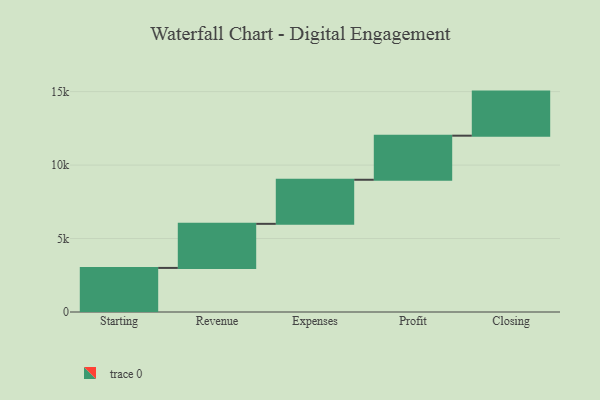
{"axis": {"x": "Step", "y": "Value"}, "legend": [""], "data": [{"x": "Starting", "y": 3000, "type": ""}, {"x": "Revenue", "y": 3000, "type": ""}, {"x": "Expenses", "y": 3000, "type": ""}, {"x": "Profit", "y": 3000, "type": ""}, {"x": "Closing", "y": 3000, "type": ""}]}